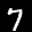
Digit: 7